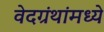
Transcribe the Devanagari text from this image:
वेदग्रंथांमध्ये